Lunatic asylums Central Provinces reports 1874-1885 - 1874-1885
Year: 1874
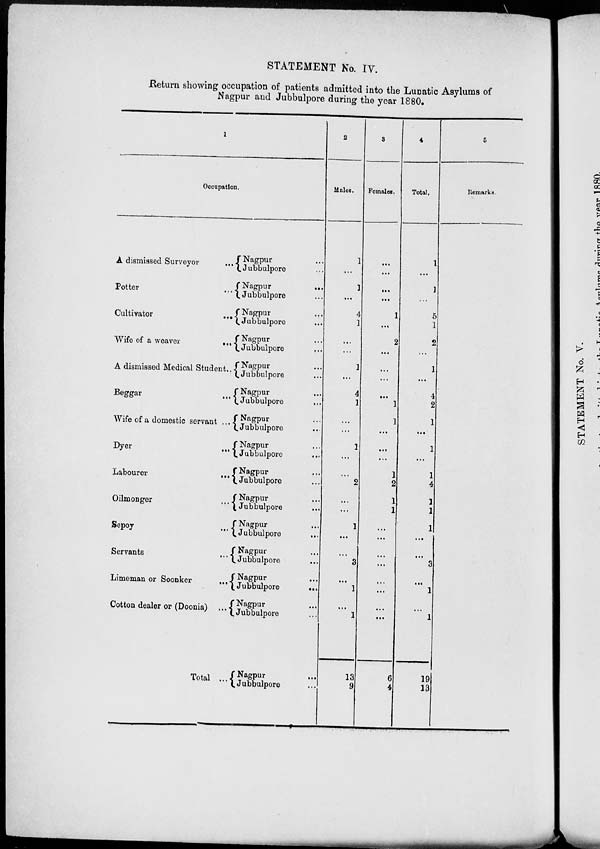
STATEMENT No. IV.
Return showing occupation of patients admitted into the Lunatic Asylums of
Nagpur and Jubbulpore during the year 1880.
1
Occupation.
A dismissed Surveyor
...
Potter...
Cultivator
...
Wife of a weaver
...
A dismissed Medical Student ...
Beggar
...
Wife of a domestic servant ...
Dyer
...
Labourer
...
Oilmonger
...
Sepoy ...
Servants
...
Limeman or Soonker
...
Cotton dealer or (Doonia) ...
Total ...
Nagpur ...
Jubbulpore ...
Nagpur
...
Jubbulpore ...
Nagpur ...
Jubbulpore ...
Nagpur ...
Jubbulpore ...
Nagpur ...
Jubbulpore ...
Nagpur ...
Jubbulpore
...
Nagpur ...
Jubbulpore ...
Nagpur ...
Jubbulpore ...
Nagpur ...
Jubbulpore ...
Nagpur ...
Jubbulpore ...
Nagpur ...
Jubbulpore
...
Nagpur ...
Jubbulpore ...
Nagpur ...
Jubbulpore
...
Nagpur ...
Jubbulpore ...
Nagpur ...
Jubbulpore ...
2
Males.
1
...
1
...
4
1
...
...
1
...
4
1
...
...
1
...
...
2
...
...
1
...
...
3
...
1
...
1
13
9
3
Females.
...
...
...
...
1
...
2
...
...
...
...
1
1
...
...
...
1
2
1
1
...
...
...
...
...
...
...
...
6
4
4
Total.
1
...
1
...
5
1
2
...
1
...
4
2
1
...
1
...
1
4
1
1
1
...
...
3
...
1
...
1
19
13
5
Remarks.